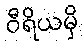
ဝီရိယမှိ